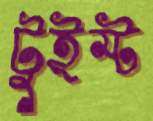
টুইস্ট